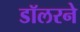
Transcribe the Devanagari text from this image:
डॉलरने